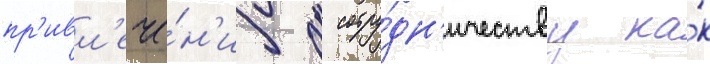
пр'ивл'ече́н'иу к сотру́дн'ичеству ка́к